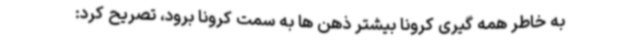
به خاطر همه گیری کرونا بیشتر ذهن ها به سمت کرونا برود، تصریح کرد: